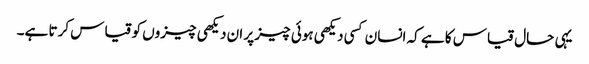
یہی حال قیاس کا ہے کہ انسان کسی دیکھی ہوئی چیز پر ان دیکھی چیزوں کو قیاس کرتا ہے۔